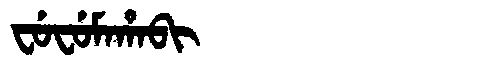
Manchu: ᠸᡠᠸᡠᠮᠠᡥᠠᠪᡳ
Romanization: FUFUMAHABI